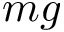
m g